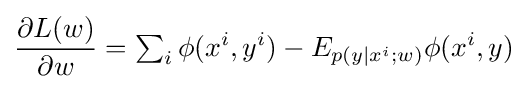
{\frac {\partial L(w)}{\partial w}}=\textstyle \sum _{i}\displaystyle \phi (x^{i},y^{i})-E_{p(y|x^{i};w)}\phi (x^{i},y)